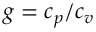
g = c _ { p } / c _ { v }